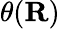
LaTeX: \theta(\mathbf R)